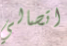
اتصالي